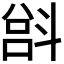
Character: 𫿵